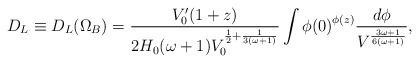
\begin{align*}D_L\equiv D_L(\Omega_B)= \frac{V_0 '(1+z)}{2H_0(\omega+1)V_0^{\frac{1}{2}+\frac{1}{3(\omega+1)}}}\int{\phi(0)}^{\phi(z)}\frac{d\phi}{V^{\frac{3\omega+1}{6(\omega+1)}}},\end{align*}